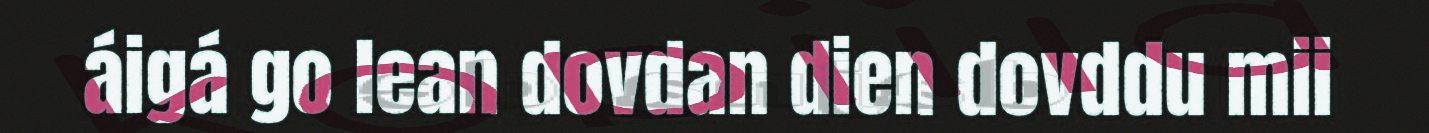
áigá go lean dovdan dien dovddu mii